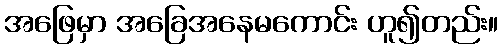
အဖြေမှာ အခြေအနေမကောင်း ဟူ၍တည်း။